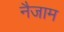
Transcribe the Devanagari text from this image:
नैजाम